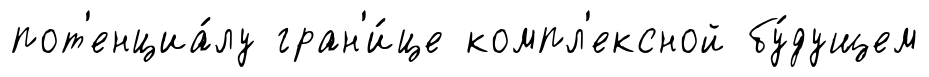
пот'енциа́лу гран'и́це компл'ексной бу́дущем